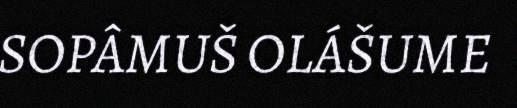
SOPÂMUŠ OLÁŠUME